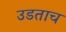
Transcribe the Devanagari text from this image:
उडताच